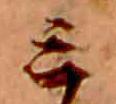
ミ